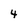
Character: 4